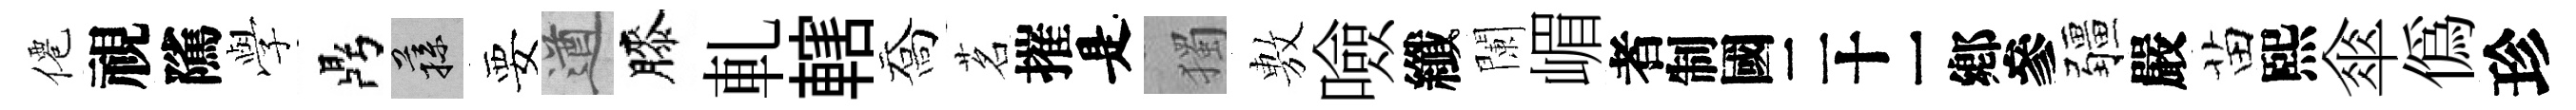
僊視隲𫝯鼎蓀要遒膝軋轄喬茗摧是獨𢾾噞纖闌嵋识疆嚴苗熙傘偽珍